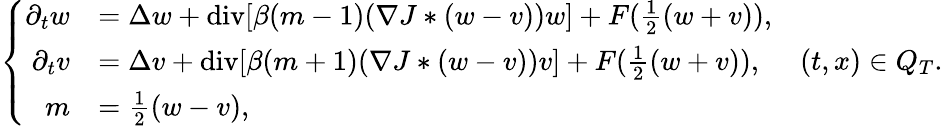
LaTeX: \left\lbrace\begin{array}{rl}{\partial_{t}w}&{=\Delta w+\mathrm{div}[\beta(m-1)(\nabla J*(w-v))w]+F(\frac{1}{2}(w+v)),}\\ {\partial_{t}v}&{=\Delta v+\mathrm{div}[\beta(m+1)(\nabla J*(w-v))v]+F(\frac{1}{2}(w+v)),}\\ {m}&{=\frac{1}{2}(w-v),}\end{array}\right.\quad(t,x)\in Q_{T}.